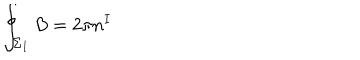
LaTeX: \oint _ { \Sigma _ { I } } B = 2 \pi { } n ^ { I }